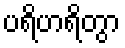
ပရိဟရိတွာ